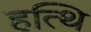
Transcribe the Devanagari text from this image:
हत्थि